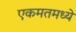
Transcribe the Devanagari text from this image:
एकमतमध्ये